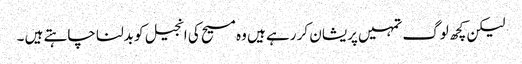
لیکن کچھ لوگ تمہیں پریشان کر رہے ہیں وہ مسیح کی انجیل کو بدلنا چاہتے ہیں ۔